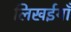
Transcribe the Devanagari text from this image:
लिखईयाँ